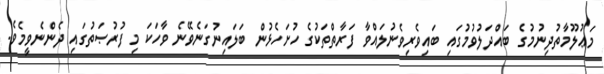
މަޢުލޫމާތުދިނުމުގެ ބައްދަލުވުމުގައި ބައިވެރިވެނުލައްވާ ފަރާތްތަކުގެ ހުށަހެޅުން ބަލައިނުގަނެވޭނެ ވާހަކަ މި ފުރުޞަތުގައި ދެންނެވީމެވެ.